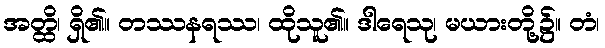
အတ္ထိ၊ ရှိ၏။ တဿနရဿ၊ ထိုသူ၏။ ဒါရေသု၊ မယားတို့၌။ တံ၊